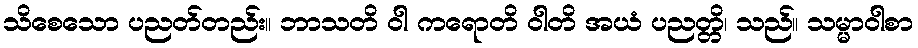
သိစေသော ပညတ်တည်း။ ဘာသတိ ဝါ ကရောတိ ဝါတိ အယံ ပညတ္တိ၊ သည်။ သမ္မာဝါစာ